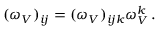
( \omega _ { V } ) _ { i j } = ( \omega _ { V } ) _ { i j k } \omega _ { V } ^ { k } \, .